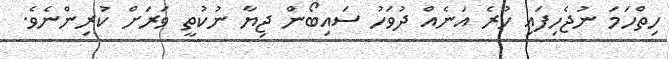
ހިތްހަމަ ނުޖެހިފައި ހުރެ އަނެއް ދުވަހު ސައިބޯން ޖިޔާ ނުކުތީ ވަރަށް ކުރިންނެވެ.